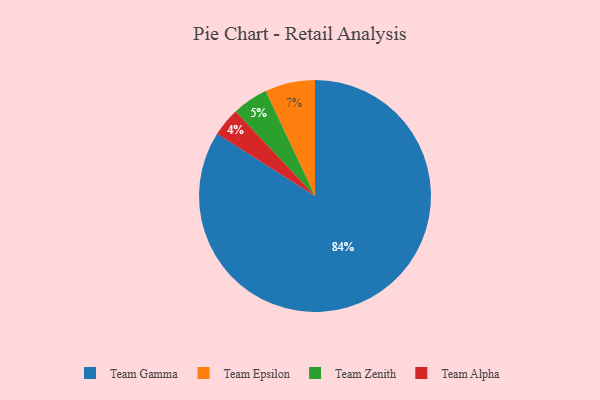
{"axis": {"x": "Category", "y": "Percentage"}, "legend": ["Team Alpha", "Team Epsilon", "Team Gamma", "Team Zenith"], "data": [{"x": "Team Zenith", "y": 5, "type": "Team Zenith"}, {"x": "Team Epsilon", "y": 7, "type": "Team Epsilon"}, {"x": "Team Alpha", "y": 4, "type": "Team Alpha"}, {"x": "Team Gamma", "y": 84, "type": "Team Gamma"}]}